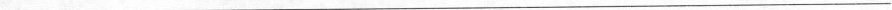
___